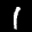
Label: 1